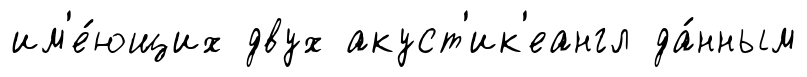
им'е́ющих двух акуст'ик'еангл да́нным